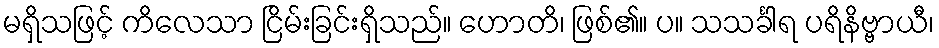
မရှိသဖြင့် ကိလေသာ ငြိမ်းခြင်းရှိသည်။ ဟောတိ၊ ဖြစ်၏။ ပ။ သသင်္ခါရ ပရိနိဗ္ဗာယီ၊